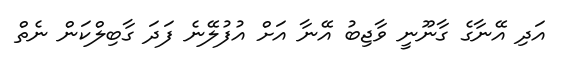
އަދި އޭނާގެ ގާނޫނީ ވާޖިބު އޭނާ އަށް އުފުލޭނެ ފަދަ ގާބިލްކަން ނެތް